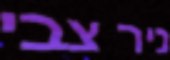
ניר צבי